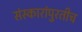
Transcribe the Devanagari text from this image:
संस्कारांपुरतीच